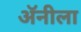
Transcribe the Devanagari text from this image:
अॅनीला